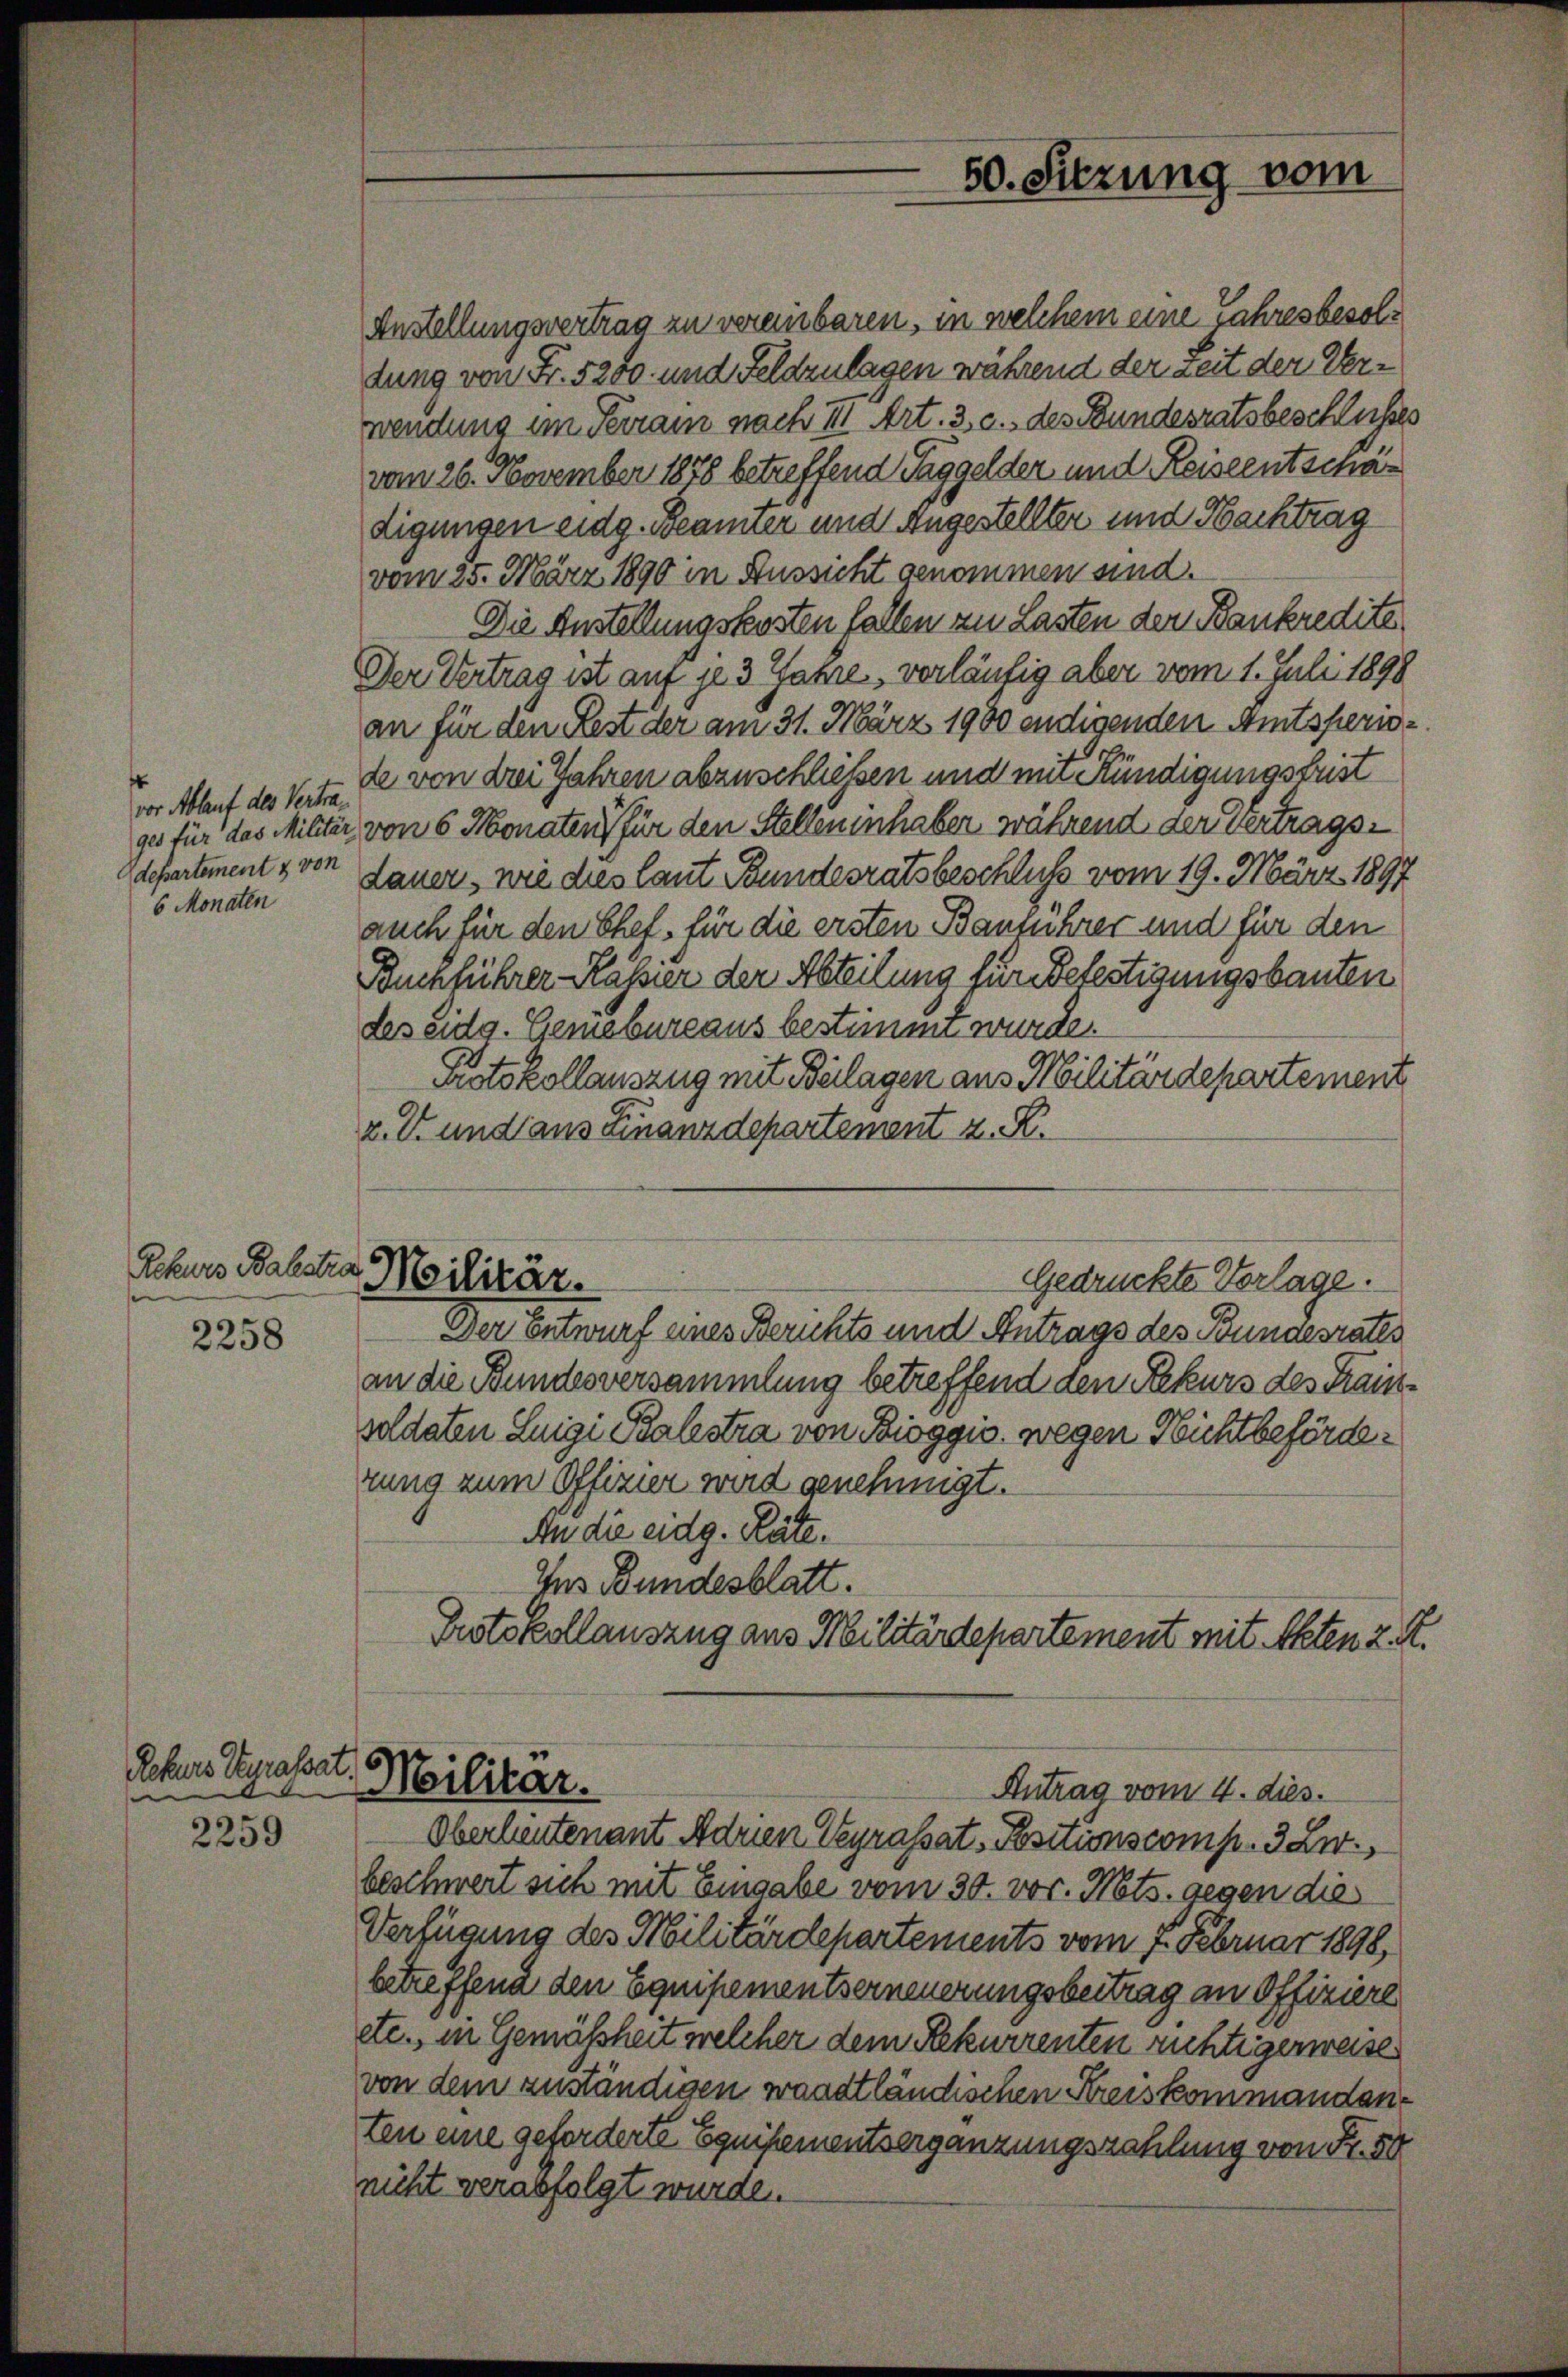
vor Ablauf des Vertradepartement & von
6 Monaten

Rekurs Balstra
2258

Rekurs Pyrassat
2259

Anstellungsvertrag zu vereinbaren, in welchem eine Jahresbesoldung von Fr. 5280. und Feldzulagen während der Zeit der Verwendung im Terrain nach III Art. 3 c. des Bundesratsbeschlusses
vom 26. November 1878 betreffend Taggelder und Reiseentschär
digungen eidg. Beamter und angestellter und Nachtrag
vom 25. März 1890 in Aussicht genommen sind.
Die Anstellungskosten fallen zu Lasten der Bankredite
Der Vertrag ist auf je 3 Jahre, vorläufig aber vom 1. Juli 1898
an für den Rest der am 31. März 1900 endigenden Amtsperiode von drei Jahren abzuschließen und mit Kündigungsfrist
ges für das Militär von 6 Monaten für den Stelleninhaben während der vertragsdauer, wie dies laut Bundesratsbeschluß vom 19. März 1897
auch für den Ehet, für die ersten Bauführer und für den
Buchführer Kassier der Abteilung für Befestigungsbauten
des eidg. Gemebureaus bestimmt wurde.
Protokollauszug mit Beilagen aus Militärdepartement
z. U. und aus Finanzdepartement z. R.
Militär.
Gedrückte Verlage.
Der Entwurf eines Berichts und Antrags des Bundesraths
an die Bundesversammlung betreffend den Rekurs des Krainsoldaten Luigi Palestra von Bioggio, wegen Nichtbeförderung zum Offizier wird genehmigt.
An die eidg. Räte.
Ins Bundesblatt.
Protokollauszug aus Militärdepartement mit Akten z. R.

50. Sitzung vom

Militar.
Antrag vom 4. dies.

Oberlieutenant Adrien Keyrassat. Positionscomp. 3 Xr.
beschwert sich mit Eingabe vom 30. vor. Nots. gegen die
Verfügung des Militärdepartements vom 7. Februar 1890,
betreffend den Equipementserneuerungsbeitrag an Offiziere
etc., in Gemäßheit welcher dem Rekurrenten richtigerweise
von dem zuständigen waadtländischen Kreiskommandanten eine geforderte Equipementsergänzungszahlung von Fr. 50
nicht verabfolgt wurde.